Indian journal of veterinary science and animal husbandry - Volumes 18-21, 1948-1951
Year: 1948
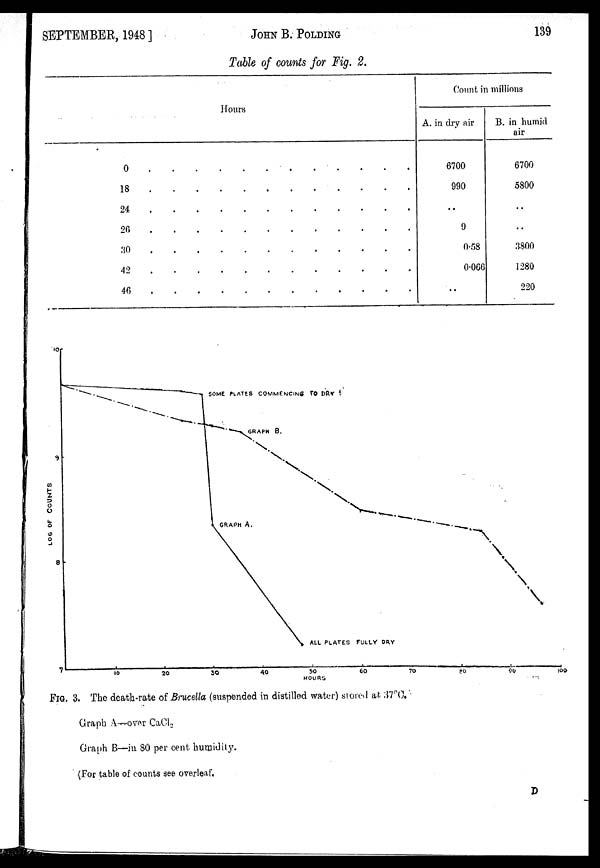
SEPTEMBER, 1948]
JOHN
B.
POLDING
139
Table of counts for Fig. 2.
0
18
24
26
30
42
46
Hours
. . . . . . . . . . . .
. . . . . . . . . . . .
. . . . . . . . . . . .
. . . . . . . . . . . .
. . . . . . . . . . . .
. . . . . . . . . . . .
. . . . . . . . . . . .
Count in millions
A. in dry air
6700
990
. .
9
0.58
0.060
. .
B. in humid
air
6700
5800
. .
. .
3800
1280
220
FIG. 3. The death-rate of Brucella (suspended in distilled water) stored at 37ºC.
Graph A—over CaCl 2
Graph B—in 80 per cent humidity.
(For table of counts see overleaf.
D